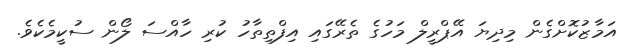
އަމާޒުކޮށްގެން މިދިޔަ އޭޕްރީލް މަހުގެ ތެރޭގައި އިފްތިތާހު ކުރި ހާއްސަ ލޯން ސުކީމެކެވެ.